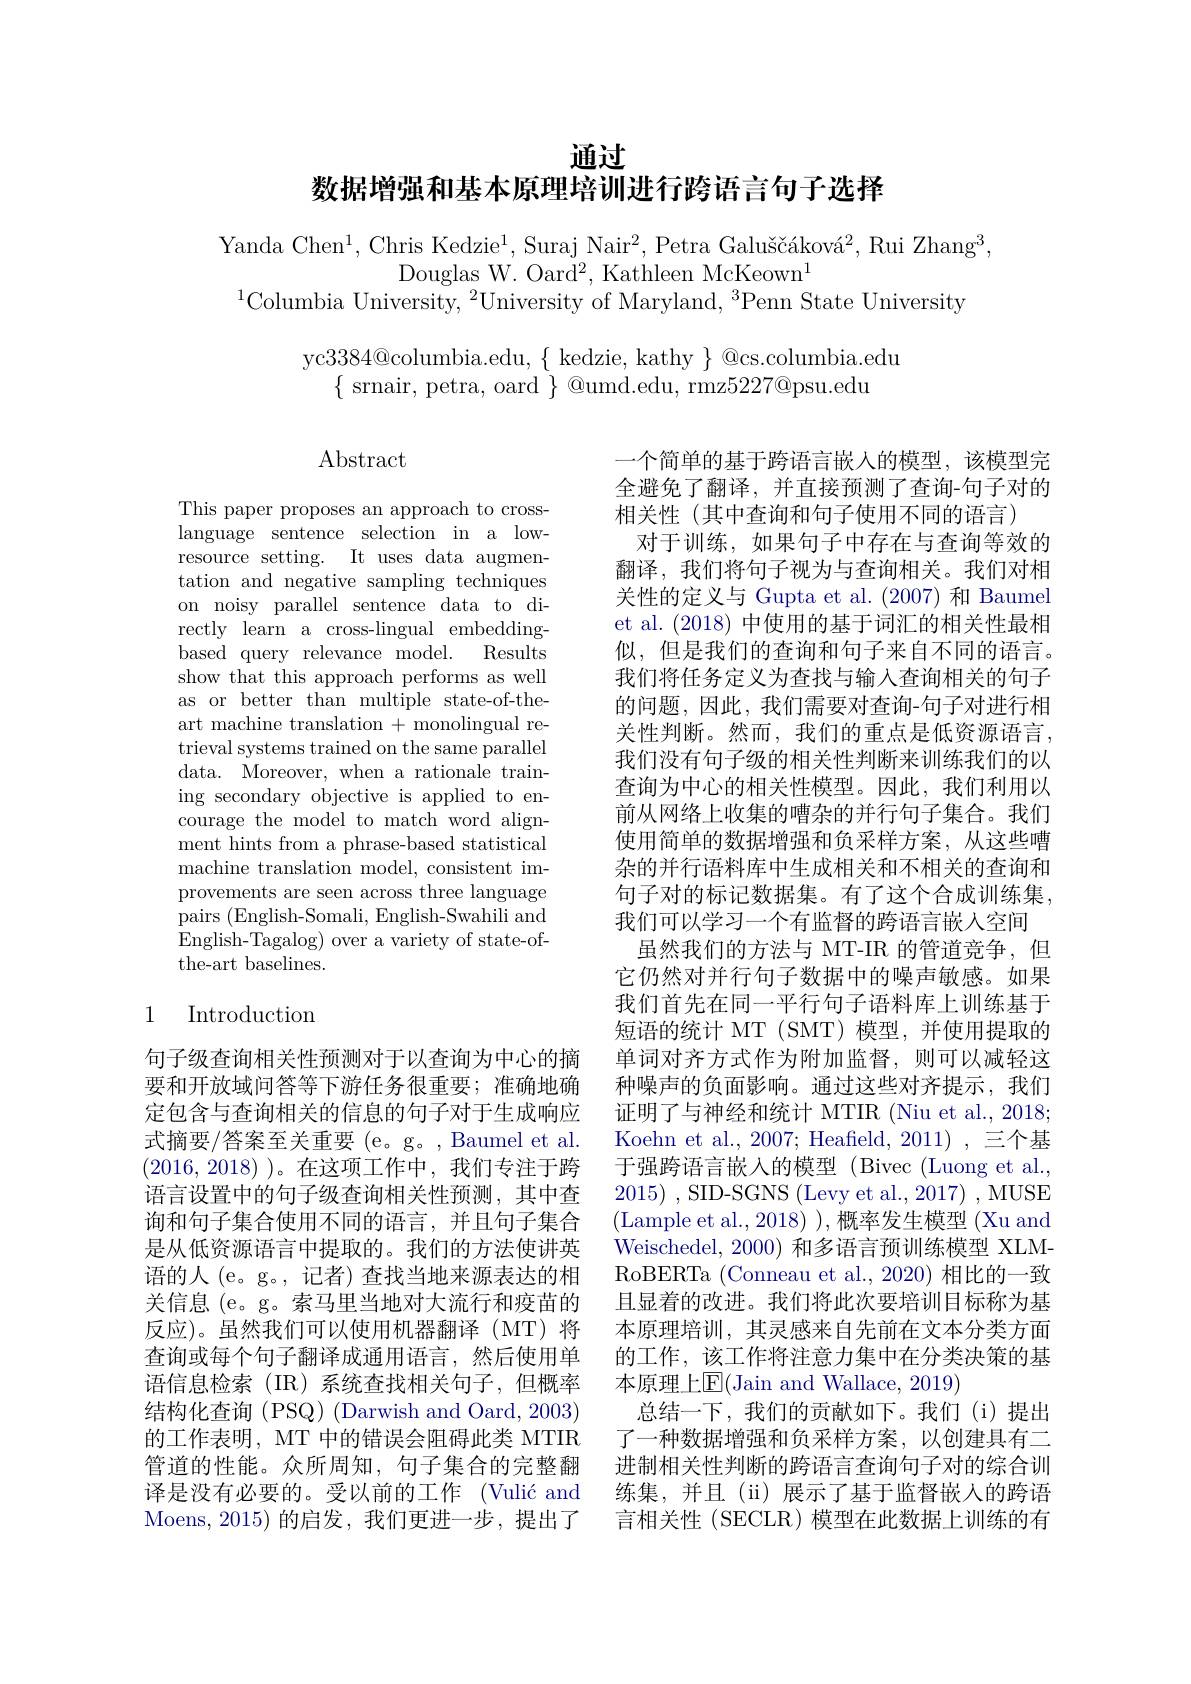
通过

数据增强和基本原理培训进行跨语言句子选择

Yanda Chen$^1$,Chris Kedzie$^1$,Suraj Nair$^2,\text{Petra Galu\v{s}\v{c}\'{a}kov\'{a}}^2$,Rui Zhang$^3$,
Douglas W. Oard$^2$, Kathleen McKeown$^1$
$^{1}$Columbia University,$^2$University of Maryland,$^3$Penn State University

yc$3384@$columbia.edu,$\{$kedzie, kathy$\}$@cs.columbia.edu
$\{$ srnair, petra, oard $\}$ @umd.edu, rmz$5227@$psu.edu

## $\operatorname{Abstract}$

This paper proposes an approach to crosslanguage sentence selection in a lowresource setting. It uses data augmentation and negative sampling techniques on noisy parallel sentence data to directly learn a cross-lingual embeddingbased query relevance model. Results show that this approach performs as well as or better than multiple state-of-theart machine translation +monolingual retrieval systems trained on the same parallel data. Moreover, when a rationale training secondary objective is applied to encourage the model to match word alignment hints from a phrase-based statistical machine translation model, consistent improvements are seen across three language pairs ( English- Somali, English- Swahili and English-Tagalog) over a variety of state-ofthe-art baselines.

一个简单的基于跨语言嵌人的模型，该模型完全避免了翻译，并直接预测了查询-句子对的相关性(其中查询和句子使用不同的语言)
对于训练，如果句子中存在与查询等效的翻译，我们将句子视为与查询相关。我们对相关性的定义与 Gupta et al. (2007) 和 Baumel et al. (2018)中使用的基于词汇的相关性最相似，但是我们的查询和句子来自不同的语言。我们将任务定义为查找与输入查询相关的句子的问题，因此，我们需要对查询-句子对进行相关性判断。然而，我们的重点是低资源语言， 我们没有句子级的相关性判断来训练我们的以查询为中心的相关性模型。因此，我们利用以前从网络上收集的嘈杂的并行句子集合。我们使用简单的数据增强和负采样方案，从这些嘈杂的并行语料库中生成相关和不相关的查询和句子对的标记数据集。有了这个合成训练集， 我们可以学习一个有监督的跨语言嵌入空间
虽然我们的方法与 MT-IR 的管道竞争，但它仍然对并行句子数据中的噪声敏感。如果我们首先在同一平行句子语料库上训练基于短语的统计 MT (SMT) 模型，并使用提取的单词对齐方式作为附加监督，则可以减轻这种噪声的负面影响。通过这些对齐提示，我们证明了与神经和统计 MTIR (Niu et al., 2018; Koehn et al., 2007; Heafield, 2011) , 三个基于强跨语言嵌入的模型(Bivec(Luong et al., 2015),SID- SGNS ( Levy et al. , 2017) , MUSE (Lample et al., 2018) ), 概率发生模型 (Xu and Weischedel, 2000) 和多语言预训练模型 XLMRoBERTa (Conneau et al., 2020) 相比的一致且显着的改进。我们将此次要培训目标称为基本原理培训，其灵感来自先前在文本分类方面的工作，该工作将注意力集中在分类决策的基本原理上$\operatorname{E}($Jain and Wallace, 2019)
总结一下，我们的贡献如下。我们(i)提出了一种数据增强和负采样方案，以创建具有二进制相关性判断的跨语言查询句子对的综合训练集，并且(ii)展示了基于监督嵌入的跨语言相关性 (SECLR) 模型在此数据上训练的有

# 1 Introduction

句子级查询相关性预测对于以查询为中心的摘要和开放域问答等下游任务很重要；准确地确定包含与查询相关的信息的句子对于生成响应式摘要/答案至关重要 (e。g。, Baumel et al. (2016,2018) )。在这项工作中，我们专注于跨语言设置中的句子级查询相关性预测，其中查询和句子集合使用不同的语言，并且句子集合是从低资源语言中提取的。我们的方法使讲英语的人 (e。g。, 记者) 查找当地来源表达的相关信息 (e。g。索马里当地对大流行和疫苗的反应)。虽然我们可以使用机器翻译(MT)将查询或每个句子翻译成通用语言，然后使用单语信息检索(IR)系统查找相关句子，但概率结构化查询(PSQ)(Darwish and Oard, 2003) 的工作表明，MT 中的错误会阻碍此类 MTIR 管道的性能。众所周知，句子集合的完整翻译是没有必要的。受以前的工作 (Vulić and Moens, 2015)的启发，我们更进一步，提出了